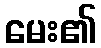
မေး၏